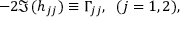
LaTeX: - 2 \Im \, ( h _ { j j } ) \equiv { \Gamma } _ { j j } , \; \; ( j = 1 , 2 ) ,